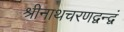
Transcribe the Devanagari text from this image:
श्रीनाथचरणद्वन्द्वं